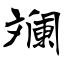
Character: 斓